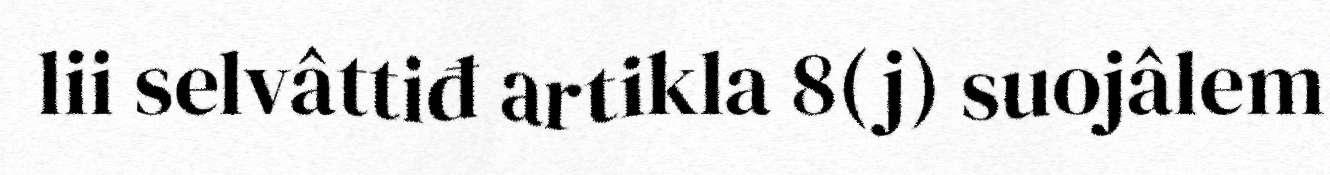
lii selvâttiđ artikla 8(j) suojâlem